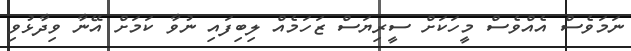
ނަމަވެސް އެއްވެސް މީހަކަށް ސީރިޔަސް ޒަހަމެއް ލިބިފައި ނުވާ ކަމަށް އޭނާ ވިދާޅުވި